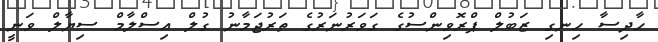
ހާދިސާ ހިނގި ޒަބުލް ޕްރޮވިންސުގެ ގަވަރުނަރުގެ ތަރުޖަމާނު ގުލް އިސްލާމް ސިޔާލް ވަނީ